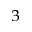
^ { 3 }